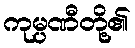
ကုမ္ပဏီတို့၏